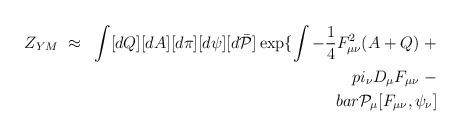
LaTeX: \begin{align*}Z_{YM} ~\approx~ \int [dQ][dA][d\pi][d\psi][d\bar{\cal P}]\exp \{ \int - \frac{1}{4} F_{\mu\nu}^2(A+Q) \ + \\pi_\nu D_\mu F_{\mu\nu} \ - \\bar{\cal P}_\mu [ F_{\mu\nu} , \psi_\nu ]\end{align*}